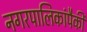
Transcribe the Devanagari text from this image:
नगरपालिकांपैकी